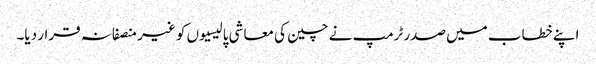
اپنے خطاب میں صدر ٹرمپ نے چین کی معاشی پالیسیوں کو غیر منصفانہ قرار دیا۔